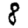
Digit: 8